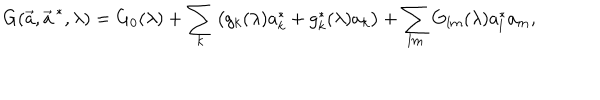
LaTeX: G ( \vec { a } , \vec { a } ^ { \, * } , \lambda ) = G _ { 0 } ( \lambda ) + \sum _ { k } \left( g _ { k } ( \lambda ) a _ { k } ^ { * } + g _ { k } ^ { * } ( \lambda ) a _ { k } \right) + \sum _ { l m } G _ { l m } ( \lambda ) a _ { l } ^ { * } a _ { m } ,